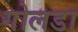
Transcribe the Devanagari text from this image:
गोलडा